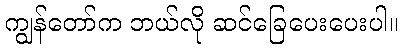
ကျွန်တော်က ဘယ်လို ဆင်ခြေပေးပေးပါ။